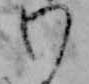
わ